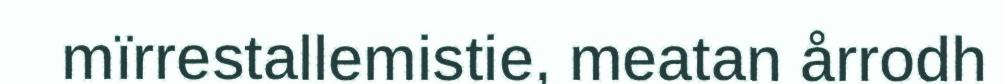
mïrrestallemistie, meatan årrodh